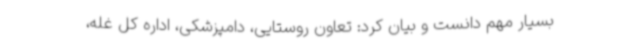
بسیار مهم دانست و بیان کرد: تعاون روستایی، دامپزشکی، اداره کل غله،